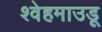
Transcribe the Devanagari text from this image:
श्वेहमाउडू